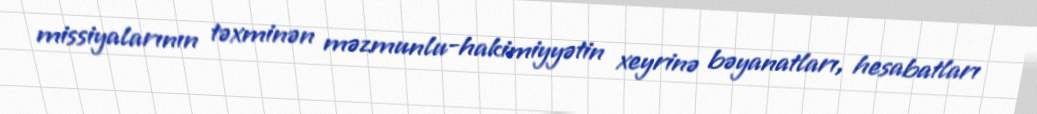
missiyalarının təxminən məzmunlu-hakimiyyətin xeyrinə bəyanatları, hesabatları